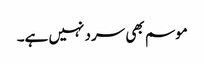
موسم بھی سرد نہیں ہے۔